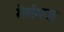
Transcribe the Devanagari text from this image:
गैर्समज्